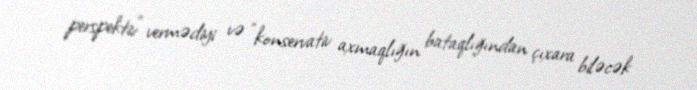
perspektiv" vermədiyi və "konservativ axmaqlığın bataqlığından çıxara biləcək